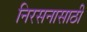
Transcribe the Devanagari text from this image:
निरसनासाठी